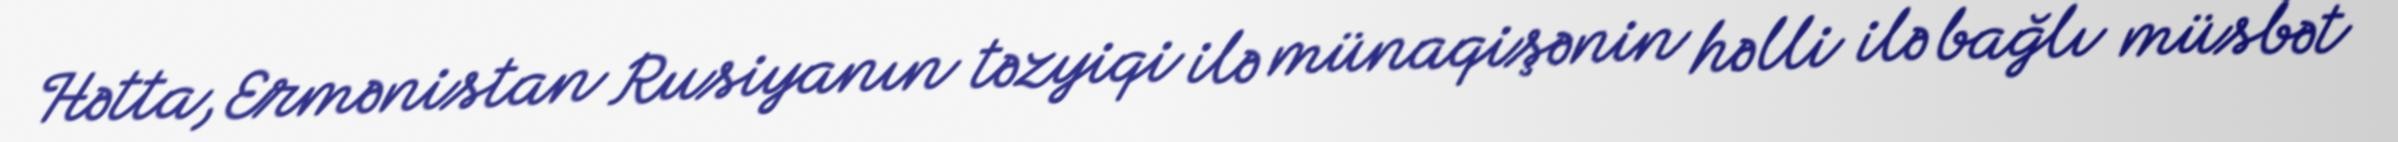
Hətta, Ermənistan Rusiyanın təzyiqi ilə münaqişənin həlli ilə bağlı müsbət